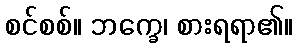
စင်စစ်။ ဘက္ခေ၊ စားရရာ၏။